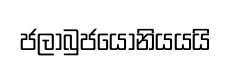
ජලාබුජයොනියයයි